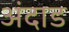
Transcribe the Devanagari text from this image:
अंदाड